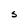
Character: S